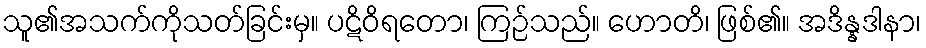
သူ၏အသက်ကိုသတ်ခြင်းမှ။ ပဋိဝိရတော၊ ကြဉ်သည်။ ဟောတိ၊ ဖြစ်၏။ အဒိန္နဒါနာ၊